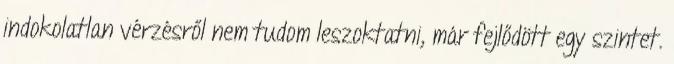
indokolatlan vérzésről nem tudom leszoktatni, már fejlődött egy szintet.